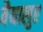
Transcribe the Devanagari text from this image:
वैयालुर